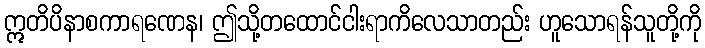
ဣတိပိနာစကာရဏေန၊ ဤသို့တထောင်ငါးရာကိလေသာတည်း ဟူသောရန်သူတို့ကို